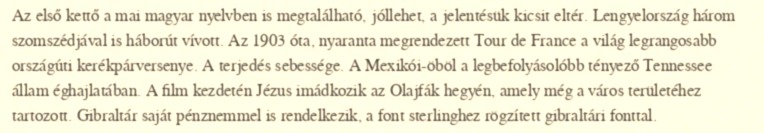
Az első kettő a mai magyar nyelvben is megtalálható, jóllehet, a jelentésük kicsit eltér. Lengyelország három szomszédjával is háborút vívott. Az 1903 óta, nyaranta megrendezett Tour de France a világ legrangosabb országúti kerékpárversenye. A terjedés sebessége. A Mexikói-öböl a legbefolyásolóbb tényező Tennessee állam éghajlatában. A film kezdetén Jézus imádkozik az Olajfák hegyén, amely még a város területéhez tartozott. Gibraltár saját pénznemmel is rendelkezik, a font sterlinghez rögzített gibraltári fonttal.